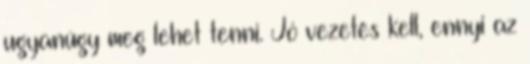
ugyanúgy meg lehet tenni. Jó vezetés kell, ennyi az